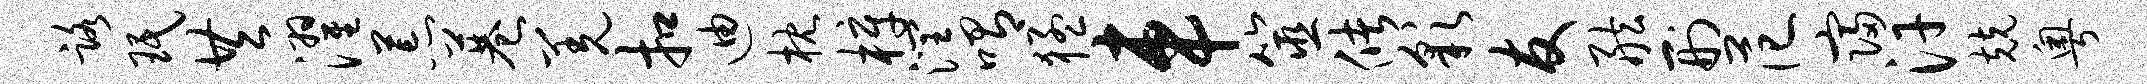
路珉共濯荒巷羌扣迪枕梓润喟猛车筮储彩友舷刑范寝汗兢粤